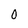
Character: 0